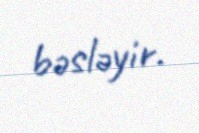
bəsləyir.